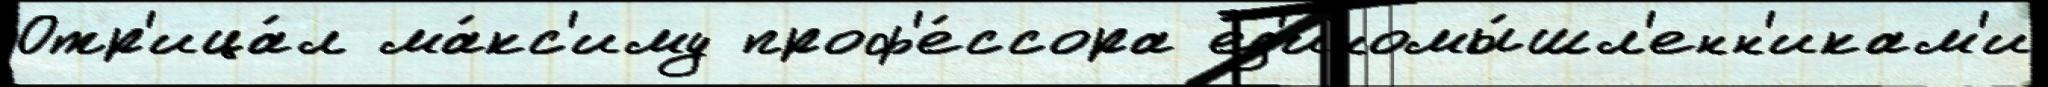
Отр'ица́л ма́кс'иму проф'е́ссора ед'иномы́шл'енн'икам'и